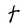
Character: t